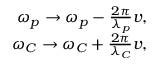
\begin{array} { r } { \omega _ { p } \rightarrow \omega _ { p } - \frac { 2 \pi } { \lambda _ { p } } v , } \\ { \omega _ { C } \rightarrow \omega _ { C } + \frac { 2 \pi } { \lambda _ { C } } v , } \end{array}